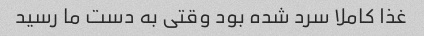
غذا کاملا سرد شده بود وقتی به دست ما رسید